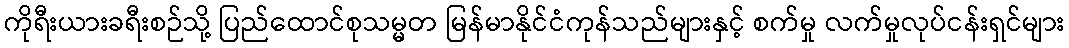
ကိုရီးယားခရီးစဉ်သို့ ပြည်ထောင်စုသမ္မတ မြန်မာနိုင်ငံကုန်သည်များနှင့် စက်မှု လက်မှုလုပ်ငန်းရှင်များ